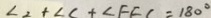
\angle 2 + \angle C + \angle F E C = 1 8 0 ^ { \circ }